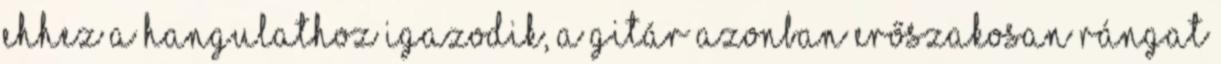
ehhez a hangulathoz igazodik, a gitár azonban erőszakosan rángat